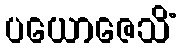
ပယောဇေသိံ